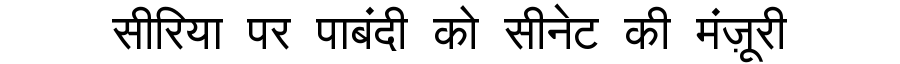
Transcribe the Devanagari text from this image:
सीरिया पर पाबंदी को सीनेट की मंज़ूरी